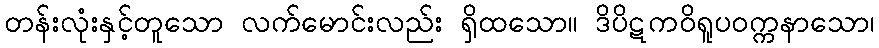
တန်းလုံးနှင့်တူသော လက်မောင်းလည်း ရှိထသော။ ဒိပိဋကဝိရူပဝက္ကနာသော၊